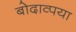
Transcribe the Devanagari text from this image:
बोदाव्पया